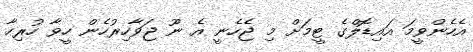
އެހެންވީމަ އައިޑޮލްގެ ޓީމަށް މި ޖެހެނީ އެ ނޫ ޖަވާހިރުހެން ހީވާ ހުރިހާ